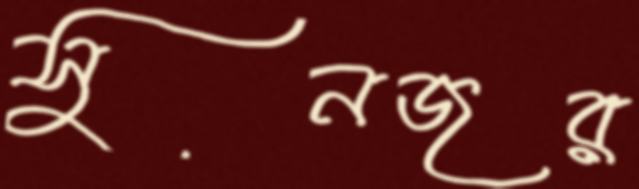
সুনজর